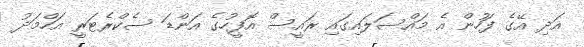
އަދި އޭގެ ފަހުން އެ މައްސަލައިގައި ރައީސް އޮފީހުގެ އަންޑަ ސެކްރެޓަރީ އަހްމަދު